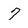
Character: 7